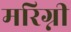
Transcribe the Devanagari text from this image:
मरिग्नी